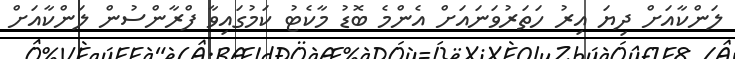
ލަންކާއަށް ދިޔަ އިރު ހަތަރުވަނައަށް އެންމެ ބޮޑު މާކެޓު ކަމުގައިވާ ފްރާންސުން ލަންކާއަށް